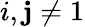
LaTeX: i,\mathbf{j}\neq1